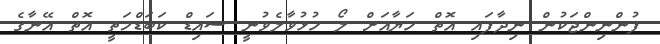
ފުންނިންޖަކުން ނިދާފައި އޮތް ހަޔާއަށް ލޯ ހުޅުވާލެވުނީ ސައިޑް ކަބަޑްމަތީ އޮތް އޭނާގެ